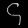
Digit: ၄